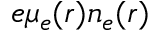
e \mu _ { e } ( r ) n _ { e } ( r )